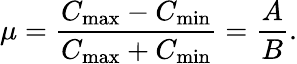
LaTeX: \mu=\frac{C_{\mathrm{max}}-C_{\mathrm{min}}}{C_{\mathrm{max}}+C_{\mathrm{min}}}=\frac{A}{B}.